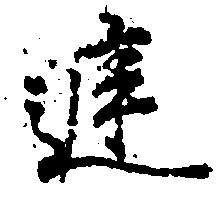
庭